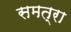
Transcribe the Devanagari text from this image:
समत्रा